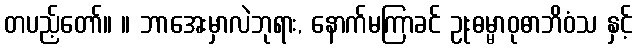
တပည့်တော်။ ။ ဘာအေးမှာလဲဘုရား, နောက်မကြာခင် ဥုးဓမ္မာဝုဓာဘိဝံသ နှင့်